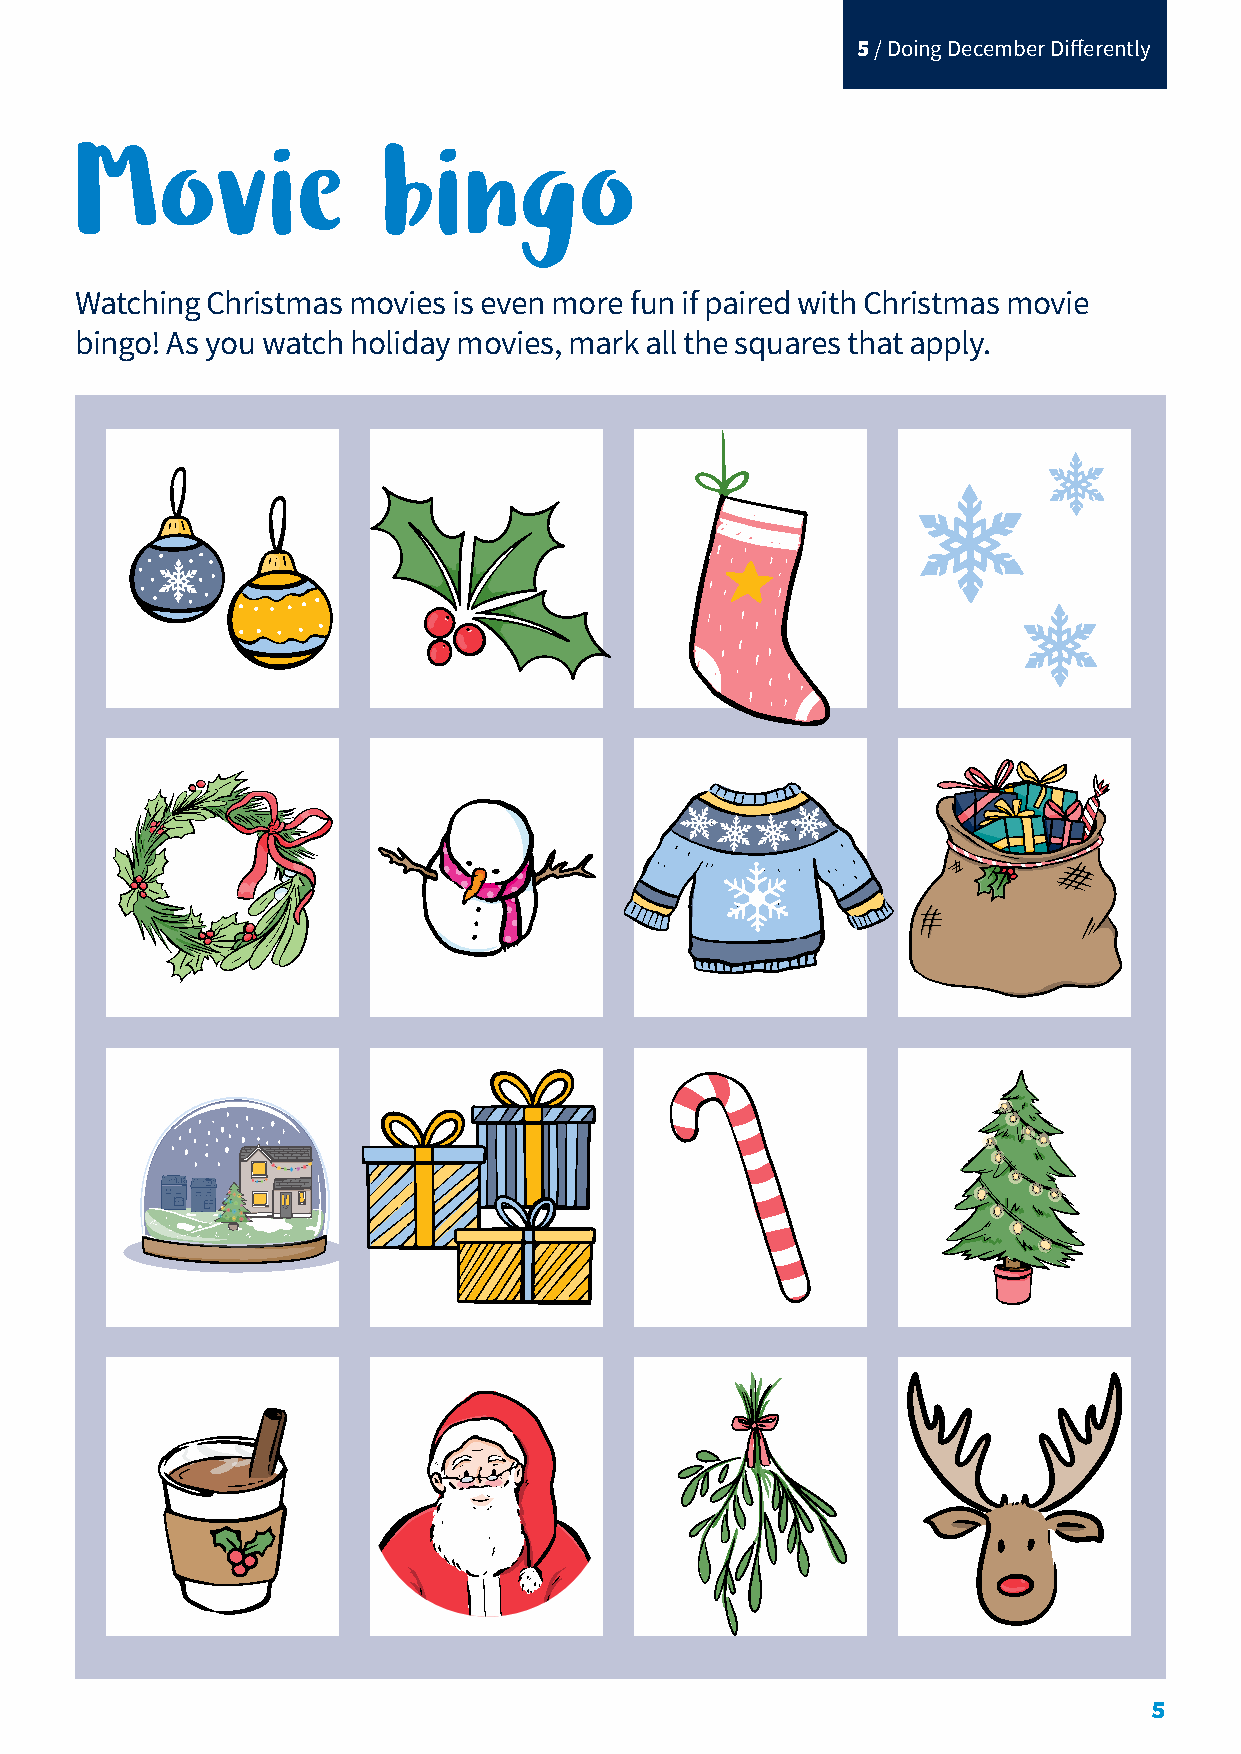
5 / Doing December Differently
 Movie               bingo
 Watching Christmas movies is even more fun if paired with Christmas movie
 bingo! As you watch holiday movies, mark all the squares that apply.
 5